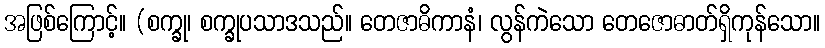
အဖြစ်ကြောင့်။ (စက္ခု၊ စက္ခုပသာဒသည်။ တေဇာဓိကာနံ၊ လွန်ကဲသော တေဇောဓာတ်ရှိကုန်သော။